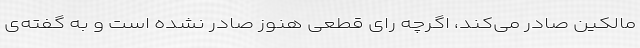
مالکین صادر می‌کند، اگرچه رای قطعی هنوز صادر نشده است و به گفته‌ی